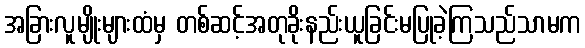
အခြားလူမျိုးများထံမှ တစ်ဆင့်အတုခိုးနည်းယူခြင်းမပြုခဲ့ကြသည်သာမက